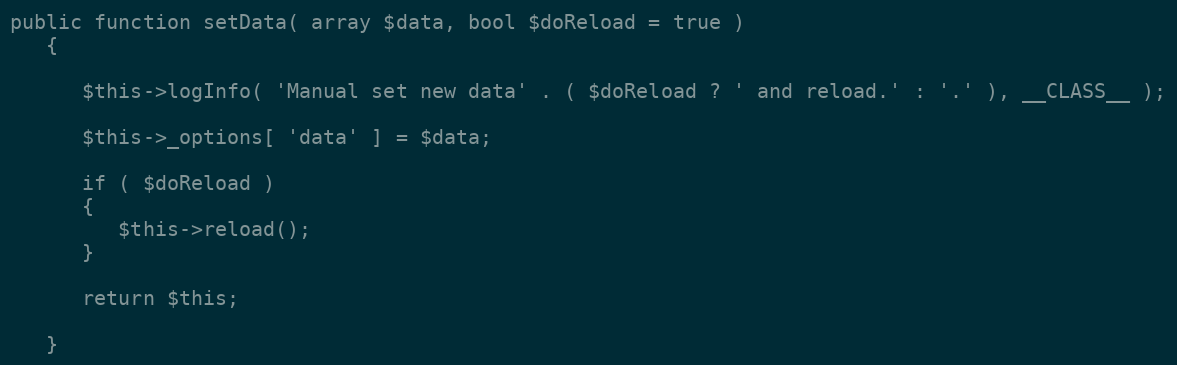
Language: PHP
public function setData( array $data, bool $doReload = true )
   {

      $this->logInfo( 'Manual set new data' . ( $doReload ? ' and reload.' : '.' ), __CLASS__ );

      $this->_options[ 'data' ] = $data;

      if ( $doReload )
      {
         $this->reload();
      }

      return $this;

   }